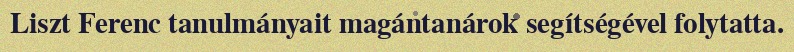
Liszt Ferenc tanulmányait magántanárok segítségével folytatta.